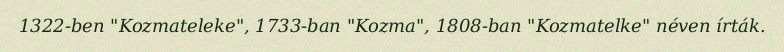
1322-ben "Kozmateleke", 1733-ban "Kozma", 1808-ban "Kozmatelke" néven írták.